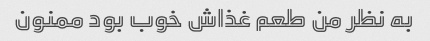
به نظر من طعم غذاش خوب بود ممنون